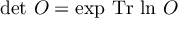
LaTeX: \operatorname * { d e t } \, O = \exp \, \mathrm { T r } \, \ln \, O